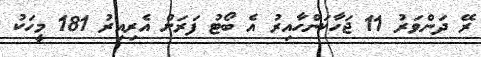
ރޭ ދަންވަރު 11 ޖަހާކަންހާއިރު އެ ބޯޓު ފަރަށް އެރިއިރު 181 މީހަކު